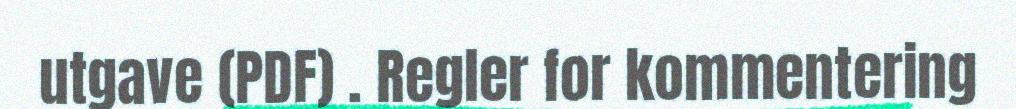
utgave (PDF) . Regler for kommentering